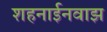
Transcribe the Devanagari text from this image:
शहनाईनवाझ